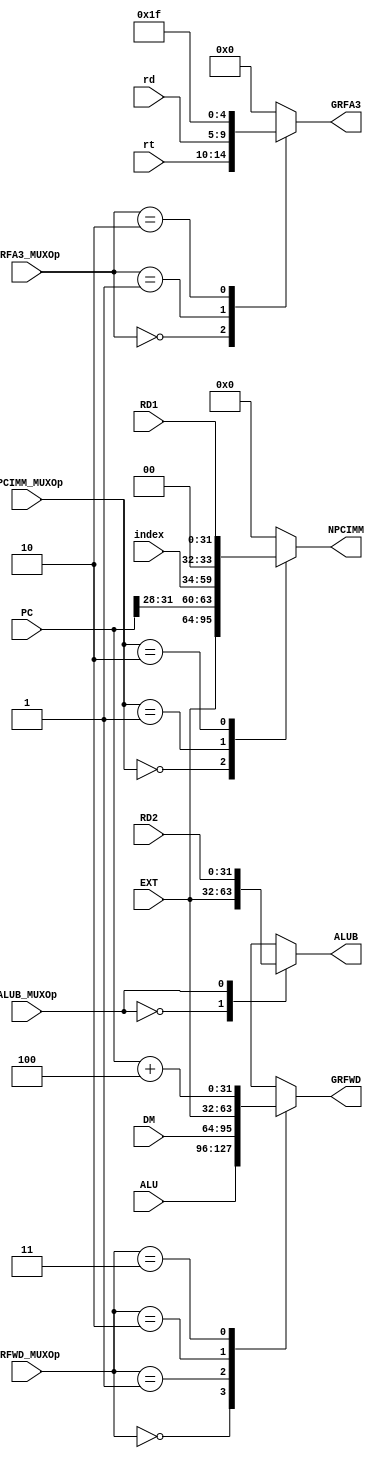
`timescale 1ns / 1ps
//////////////////////////////////////////////////////////////////////////////////
// Company: 
// Engineer: 
// 
// Design Name: 
// Module Name:    MUX 
// Project Name: 
// Target Devices: 
// Tool versions: 
// Description: 
//
// Dependencies: 
//
// Revision: 
// Revision 0.01 - File Created
// Additional Comments: 
//
//////////////////////////////////////////////////////////////////////////////////
module MUX(
    input [31:0] EXT,
    input [31:0] PC,
    input [25:0] index,
    input [31:0] RD1,
    input [4:0] rt,
    input [4:0] rd,
    input [31:0] ALU,
    input [31:0] DM,
    input [31:0] RD2,
    input [1:0] NPCIMM_MUXOp,
    input [1:0] GRFA3_MUXOp,
    input [1:0] GRFWD_MUXOp,
    input ALUB_MUXOp,
    output [31:0] NPCIMM,
    output [4:0] GRFA3,
    output [31:0] GRFWD,
    output [31:0] ALUB
    );
	
	reg[31:0] NPCIMMO;
	reg[4:0] GRFA3O;
	reg[31:0] GRFWDO;
	reg[31:0] ALUBO;
	assign NPCIMM = NPCIMMO;
	assign GRFA3 = GRFA3O;
	assign GRFWD = GRFWDO;
	assign ALUB = ALUBO;

	always @( * ) begin
		case (NPCIMM_MUXOp)
			2'b00 : NPCIMMO <= EXT;
			2'b01 : NPCIMMO <= {{PC[31:28]},{index[25:0]},2'b00};
			2'b10 : NPCIMMO <= RD1;
			default : NPCIMMO <= 32'h00000000;
		endcase
		
		case (GRFA3_MUXOp)
			2'b00 : GRFA3O <= rt;
			2'b01 : GRFA3O <= rd;
			2'b10 : GRFA3O <= 5'b11111;
			default : GRFA3O <= 5'b00000;
		endcase
		
		case (GRFWD_MUXOp)
			2'b00 : GRFWDO <= ALU;
			2'b01 : GRFWDO <= DM;
			2'b10 : GRFWDO <= EXT;
			2'b11 : GRFWDO <= PC + 4;
			default : GRFWDO <= 32'h00000000;
		endcase
		
		case (ALUB_MUXOp)
			1'b0 : ALUBO <= EXT;
			1'b1 : ALUBO <= RD2;
			default : ALUBO <= 32'h00000000;
		endcase
	end

endmodule